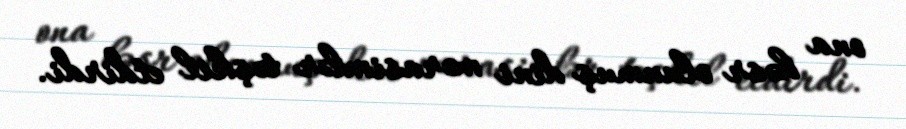
ona həsr olunmuş dini mərasimlər təşkil etdirdi.